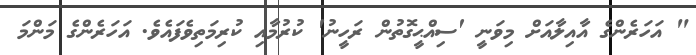
" އަހަރެންގެ އާއިލާއަށް މިވަނީ 'ސިއްޙީގޮތުން ރަހީނު' ކުރުމާއި ކުރިމަތިވެފައެވެ. އަހަރެންގެ މަންމަ